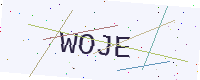
Text: WOJE